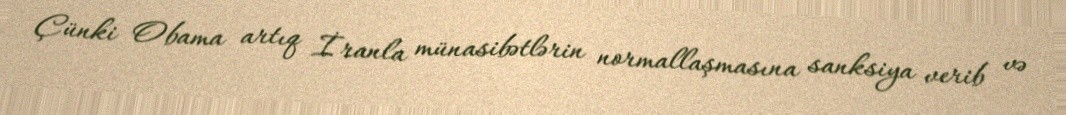
Çünki Obama artıq İranla münasibətlərin normallaşmasına sanksiya verib və